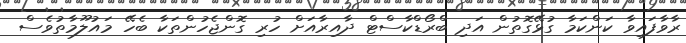
ރާވާފައިވާ ކަންކަމާ ގުޅޭގޮތުން އަދި ބްރޯޑްކާސްޓް ދާއިރާއަށް ހުރި ގޮންޖެހުންތަކާ ބެހޭ މައުލޫމާތުވެސް